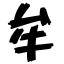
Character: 牟